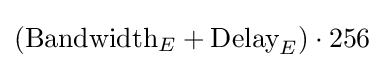
({\text{Bandwidth}}_{E}+{\text{Delay}}_{E})\cdot 256